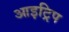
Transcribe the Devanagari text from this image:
आइट्रिप